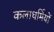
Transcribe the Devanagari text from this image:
कलाधर्मियों